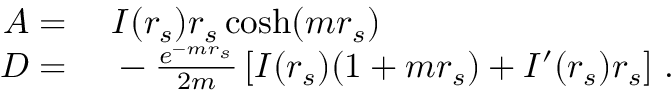
\begin{array} { r l } { A = { } } & { { } I ( r _ { s } ) r _ { s } \cosh ( m r _ { s } ) } \\ { D = { } } & { { } - \frac { e ^ { - m r _ { s } } } { 2 m } \left[ I ( r _ { s } ) ( 1 + m r _ { s } ) + I ^ { \prime } ( r _ { s } ) r _ { s } \right] \, . } \end{array}